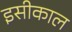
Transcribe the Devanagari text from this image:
इसीकाल